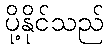
ပို့နိုင်သည်